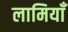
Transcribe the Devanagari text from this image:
लामियाँ